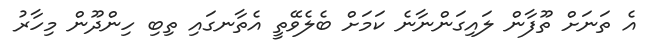
އެ ތަނަށް ތޫފާން ލައިގަންނާނެ ކަމަށް ބެލެވޭތީ އެތާނގައި ތިބި ހިންދޫން މިހާރު